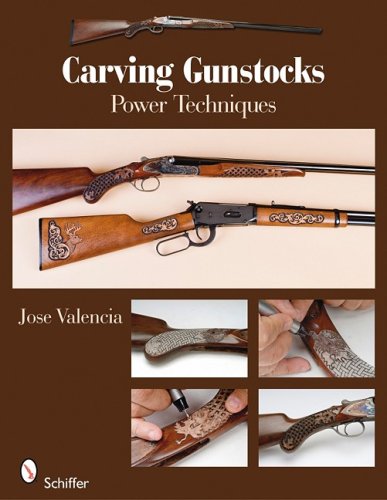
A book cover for Carving Gunstocks: Power Techniques; Jose Valencia; Crafts, Hobbies & Home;